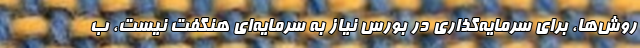
روش‌ها، برای سرمایه‌گذاری در بورس نیاز به سرمایه‌ای هنگفت نیست، ب